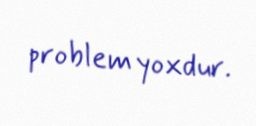
problem yoxdur.